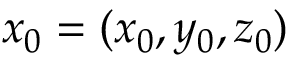
\boldsymbol { x } _ { 0 } = ( x _ { 0 } , y _ { 0 } , z _ { 0 } )